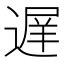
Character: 遅